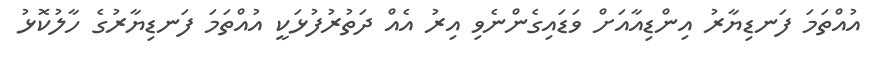
އުއްތަމަ ފަނޑިޔާރު އިންޑިއާއަށް ވަޑައިގެންނެވި އިރު އެއް ދަތުރުފުޅަކީ އުއްތަމަ ފަނޑިޔާރުގެ ހާލުކޮޅު